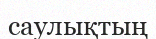
саулықтың